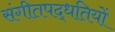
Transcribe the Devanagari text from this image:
संगीतपद्धतियों